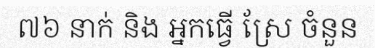
៧៦ នាក់ និង អ្នកធ្វើ ស្រែ ចំនួន